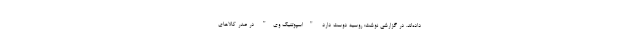
داده‌اند. در گزارشی نوشت: روسیه دوست دارد "اسپوتنیک وی" در صدر کالاهای